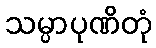
သမ္ပာပုဏိတုံ